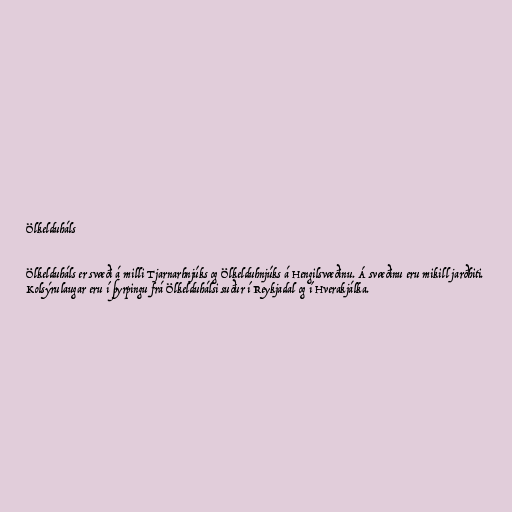
Ölkelduháls

Ölkelduháls er svæði á milli Tjarnarhnjúks og Ölkelduhnjúks á Hengilsvæðinu. Á svæðinu eru mikill jarðhiti.
Kolsýrulaugar eru í þyrpingu frá Ölkelduhálsi suður í Reykjadal og í Hverakjálka.